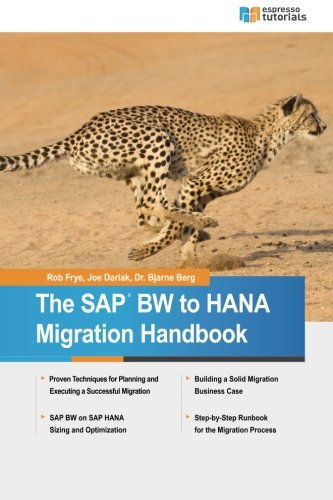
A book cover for The SAP BW to HANA Migration Handbook; Rob Frye; Computers & Technology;